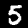
Label: 5